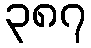
၃၈၇